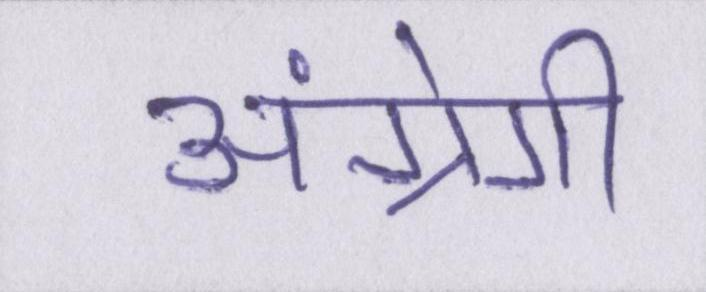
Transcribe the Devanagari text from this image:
अंग्रेगी